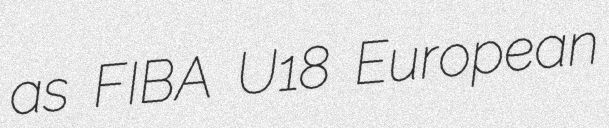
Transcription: as FIBA U18 European